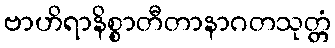
ဗာဟိရာနိစ္စာတီတာနာဂတသုတ္တံ